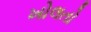
ખોલતો